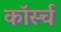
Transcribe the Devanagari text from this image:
कॉर्स्च